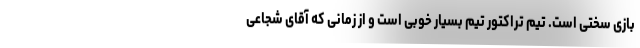
بازی سختی است. تیم تراکتور تیم بسیار خوبی است و از زمانی که آقای شجاعی